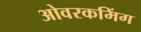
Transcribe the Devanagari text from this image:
ओवरकमिंग